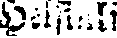
Helsinki